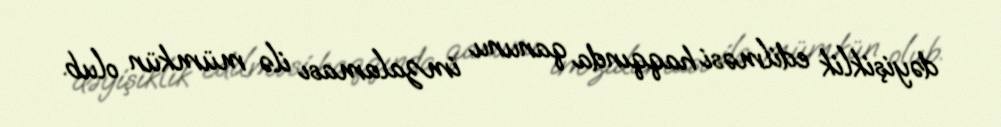
dəyişiklik edilməsi haqqında qanunu imzalaması ilə mümkün olub.